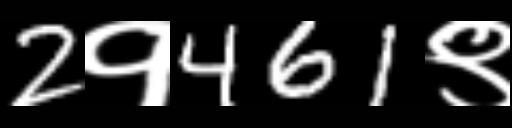
Text: 2१461९